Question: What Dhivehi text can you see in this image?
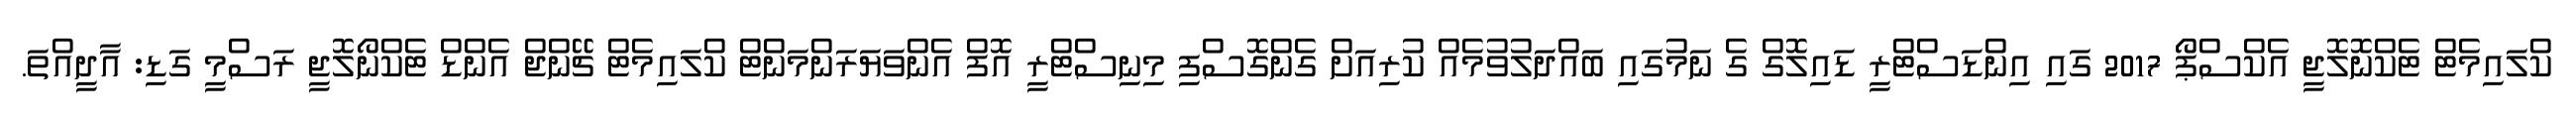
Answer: ކްލައިމެޓް ޓެކްނޮލޮޖީ އެކްސްޕޯ 2017 ގައި އިންޑަސްޓްރީ ޑައިލޮގް ގެ ނަމުގައި ބައްދަލުވުމެއް ކުރިއަށް ގެންގޮސްފި މިނިސްޓްރީ އޮފް އެންވަޔަރަންމަންޓް ކްލައިމެޓް ޗޭންޖް އެންޑް ޓެކްނޯލޮޖީ ރަސްމީ ގަޑި: އާދީއްތަ.